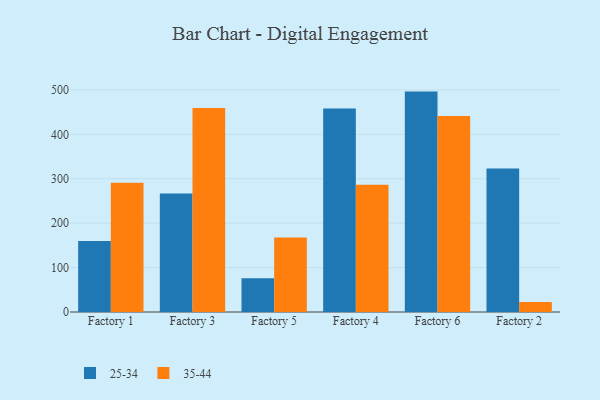
{"axis": {"x": "Factory", "y": "Headcount"}, "legend": ["25-34", "35-44"], "data": [{"x": "Factory 1", "y": 160.1, "type": "25-34"}, {"x": "Factory 1", "y": 290.9, "type": "35-44"}, {"x": "Factory 3", "y": 266.9, "type": "25-34"}, {"x": "Factory 3", "y": 459.2, "type": "35-44"}, {"x": "Factory 5", "y": 75.9, "type": "25-34"}, {"x": "Factory 5", "y": 167.9, "type": "35-44"}, {"x": "Factory 4", "y": 458.5, "type": "25-34"}, {"x": "Factory 4", "y": 286.5, "type": "35-44"}, {"x": "Factory 6", "y": 496.3, "type": "25-34"}, {"x": "Factory 6", "y": 441.6, "type": "35-44"}, {"x": "Factory 2", "y": 323.2, "type": "25-34"}, {"x": "Factory 2", "y": 22.7, "type": "35-44"}]}